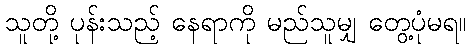
သူတို့ ပုန်းသည့် နေရာကို မည်သူမျှ တွေ့ပုံမရ။